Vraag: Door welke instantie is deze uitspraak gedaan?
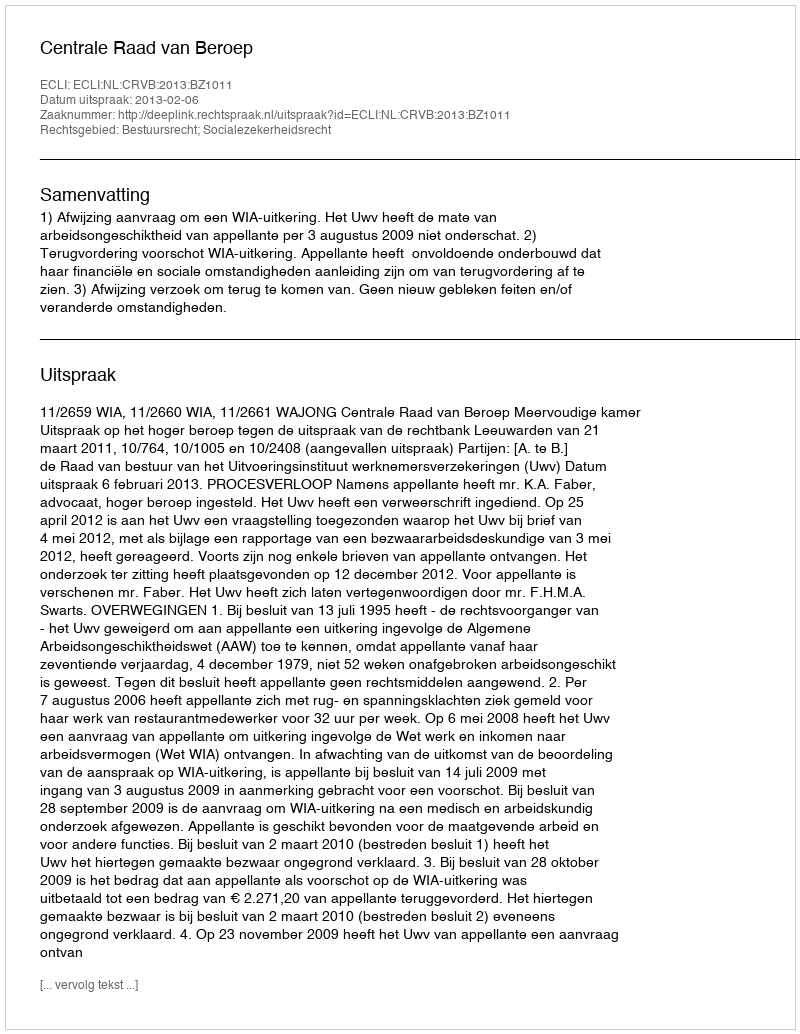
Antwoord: Centrale Raad van Beroep